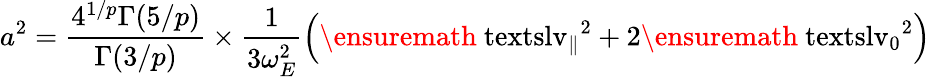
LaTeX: a^{2}=\frac{4^{1/p}\Gamma(5/p)}{\Gamma(3/p)}\times\frac{1}{3\omega_{E}^{2}}\Bigl(\ensuremath{\mathrm{\ textsl{v}}_{\parallel}}^{2}+2\ensuremath{\mathrm{\ textsl{v}}_{0}}^{2}\Bigr)